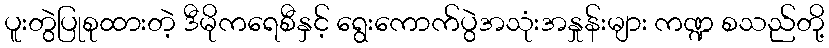
ပူးတွဲပြုစုထားတဲ့ ဒီမိုကရေစီနှင့် ရွေးကောက်ပွဲအသုံးအနှုန်းများ ကဏ္ဍ စသည်တို့